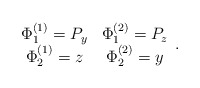
\begin{align*}\begin{array}{cc}\Phi^{(1)}_1=P_y & \Phi^{(2)}_1=P_z \\ \Phi^{(1)}_2=z &\Phi^{(2)}_2=y \end{array}.\end{align*}